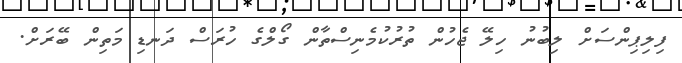
ފިލިޕިންސަށް ލިބުނު ހިލޭ ޖެހުން ތުރުކުމެނިސްތާން ގޯލްގެ ހުރަސް ދަނޑި މަތިން ބޭރަށް.